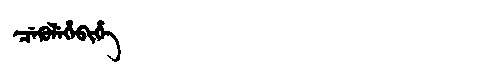
Manchu: ᠴᡝᡴᡠᠯᡝᡥᡝᠪᡳᡥᡝ
Romanization: CEKULEHEBIHE